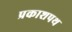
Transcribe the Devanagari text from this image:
प्रकाशपथ